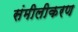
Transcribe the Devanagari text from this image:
संमीलीकरण